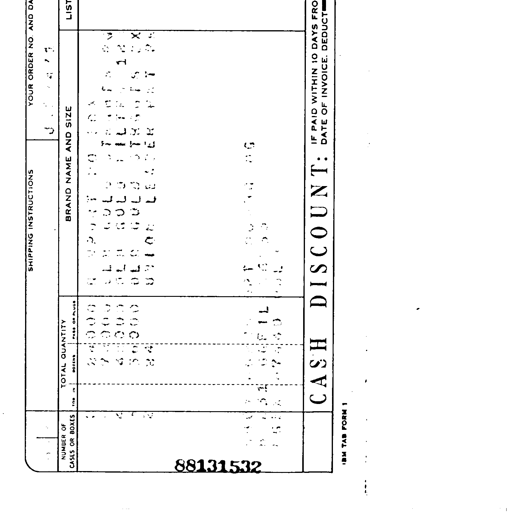
SHIPPING INSTRUCTIONS YOUR ORDER NO. AND DATE
J 1 4 7 3
NUMBER OF CASES OR BOXES TOTAL QUANTITY BRAND NAME AND SIZE LIST PRICE
1	24000	NEWPORT FO BOX	9 30
2	74000	OLD GOLD FILTERS 85MM	9 30
4	48000	OLD GOLD FILTERS 100	9 80
3	36000	OLD GOLD STRAIGHTS K SX	9 30
2	24	UNION LEADER POCKET PKS	4 94
88131532
CASH DISCOUNT: IF PAID WITHIN 10 DAYS FROM DATE OF INVOICE. DEDUCT
IBM TAB FORM 1